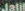
Jalil